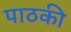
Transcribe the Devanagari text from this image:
पाठकी